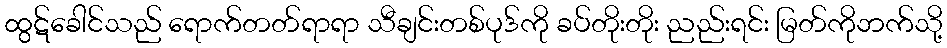
ထွဋ်ခေါင်သည် ရောက်တတ်ရာရာ သီချင်းတစ်ပုဒ်ကို ခပ်တိုးတိုး ညည်းရင်း မြတ်ကိုဘက်သို့